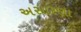
અસારણા